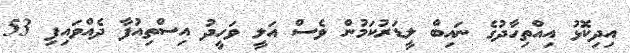
އިދިކޮޅު އިއްތިހާދުގެ ނައިބް ލީޑަރުކަމުން ވެސް އަލީ ވަހީދު އިސްތިއުފާ ދެއްވައިފި 53